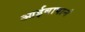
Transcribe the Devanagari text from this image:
आईबापानं